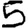
Digit: 5